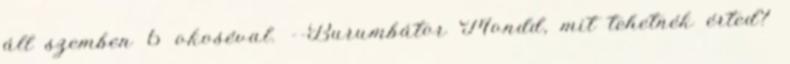
áll szemben 6 okoséval. --Burumbátor Mondd, mit tehetnék érted?